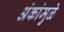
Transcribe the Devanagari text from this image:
अंकांमुळे